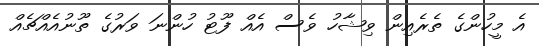
އެ މީހުންގެ ތެރެއިން ވިޝާހު ވެސް އެއް ފޫޓު ހުންނަ ވަރުގެ ތޫނުއެއްޗެއް